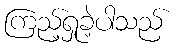
ကြည့်ရှုခဲ့ပါသည်